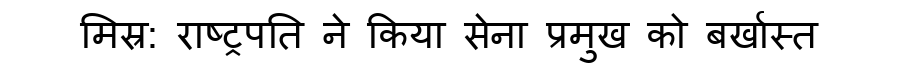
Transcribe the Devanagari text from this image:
मिस्र: राष्ट्रपति ने किया सेना प्रमुख को बर्खास्त